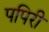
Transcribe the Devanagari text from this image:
पपिरी